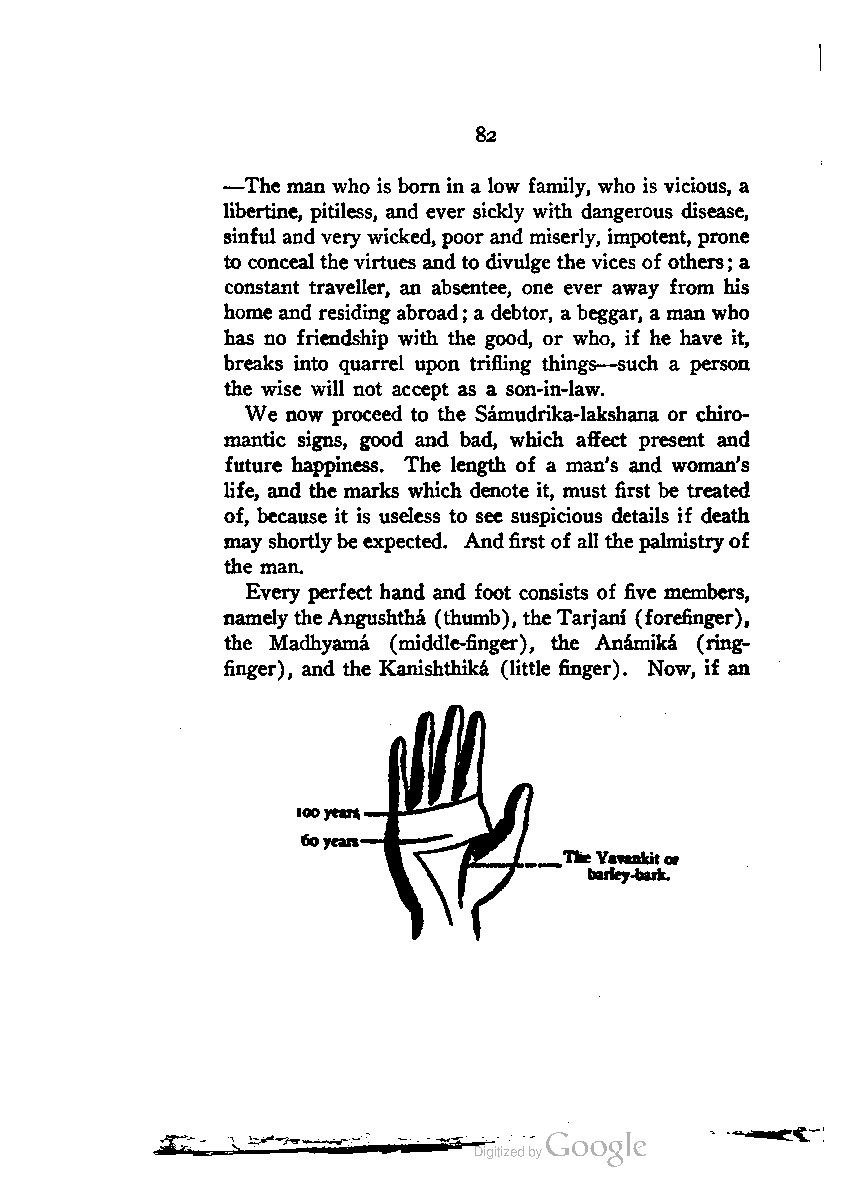
82
 —The man who is born in a low family, who is vicious, a
 libertine, pitiless, and ever sickly with dangerous disease,
 sinful andvery wicked, poor and miserly, impotent, prone
 to conceal thevirtues and to divulge the vices of others,* a
 constant traveller, an absentee, one ever away from his
 home and residing abroad; a debtor, a beggar, a man who
 has no friendship with the good, or who, if he have it,
 breaks into quarrel upon trifling things—such a person
 the wise will not accept as a son-in-law.
 We now proceed to the Samudrika-lakshana or chiro-
 mantic signs, good and bad, which affect present and
 future happiness. The length of a man's and woman's
 life, and the marks which denote it, must first be treated
 of, because it is useless to see suspicious details if death
 may shortlybe expected. Andfirst of all thepalmistryof
 the man.
 Every perfect hand and foot consists of five members,
 namelytheAngushtha (thumb), theTarjani (forefinger),
 the Madhyama (middle-finger), the Anamika (ring-
 finger), and the Kanishthika (little finger). Now, if an
 iooyean
 60years-
 , , TheYavankitor
 barley-bark.